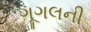
ગૂગલની